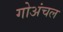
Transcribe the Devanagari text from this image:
गोअंचल